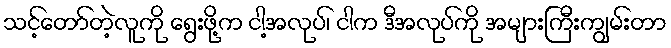
သင့်တော်တဲ့လူကို ရွေးဖို့က ငါ့အလုပ်၊ ငါက ဒီအလုပ်ကို အများကြီးကျွမ်းတာ